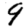
Digit: 9